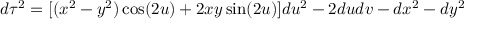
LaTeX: d \tau ^ { 2 } = [ ( x ^ { 2 } - y ^ { 2 } ) \cos ( 2 u ) + 2 x y \sin ( 2 u ) ] d u ^ { 2 } - 2 d u d v - d x ^ { 2 } - d y ^ { 2 }